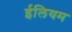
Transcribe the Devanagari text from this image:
ईलियम